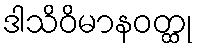
ဒါသိဝိမာနဝတ္ထု